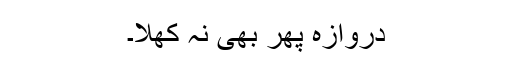
دروازہ پھر بھی نہ کھلا۔